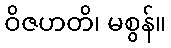
ဝိဇဟတိ၊ မစွန်။